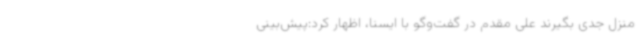
منزل جدی بگیرند علی مقدم در گفت‌وگو با ایسنا، اظهار کرد:پیش‌بینی